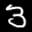
Label: 3